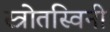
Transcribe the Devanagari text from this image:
स्त्रोतस्विनी